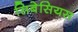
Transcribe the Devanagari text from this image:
सिबेसियस